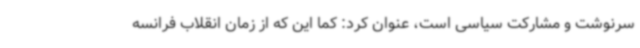
سرنوشت و مشارکت سیاسی است، عنوان کرد: کما این که از زمان انقلاب فرانسه